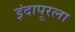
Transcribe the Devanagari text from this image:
इंदापूरला